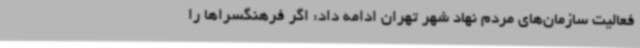
فعالیت سازمان‌های مردم نهاد شهر تهران ادامه داد: اگر فرهنگسراها را